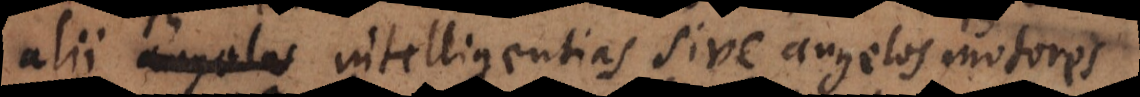
alii angelos intelligentias sive angelos motores